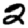
Digit: 2